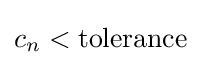
c_{n}<{\textrm {tolerance}}